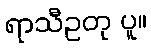
ရာသီဥတု ပူ။